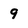
Character: 9